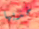
خذيها